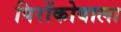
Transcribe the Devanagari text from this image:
पिरोंकोवाला